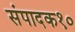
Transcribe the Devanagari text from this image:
संपादक१०